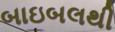
બાઇબલથી